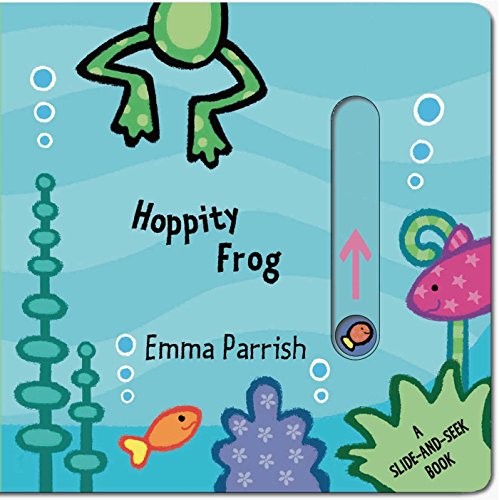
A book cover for Hoppity Frog: A Slide-and-Seek Book (Slide and Play); Emma Parrish; Children's Books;